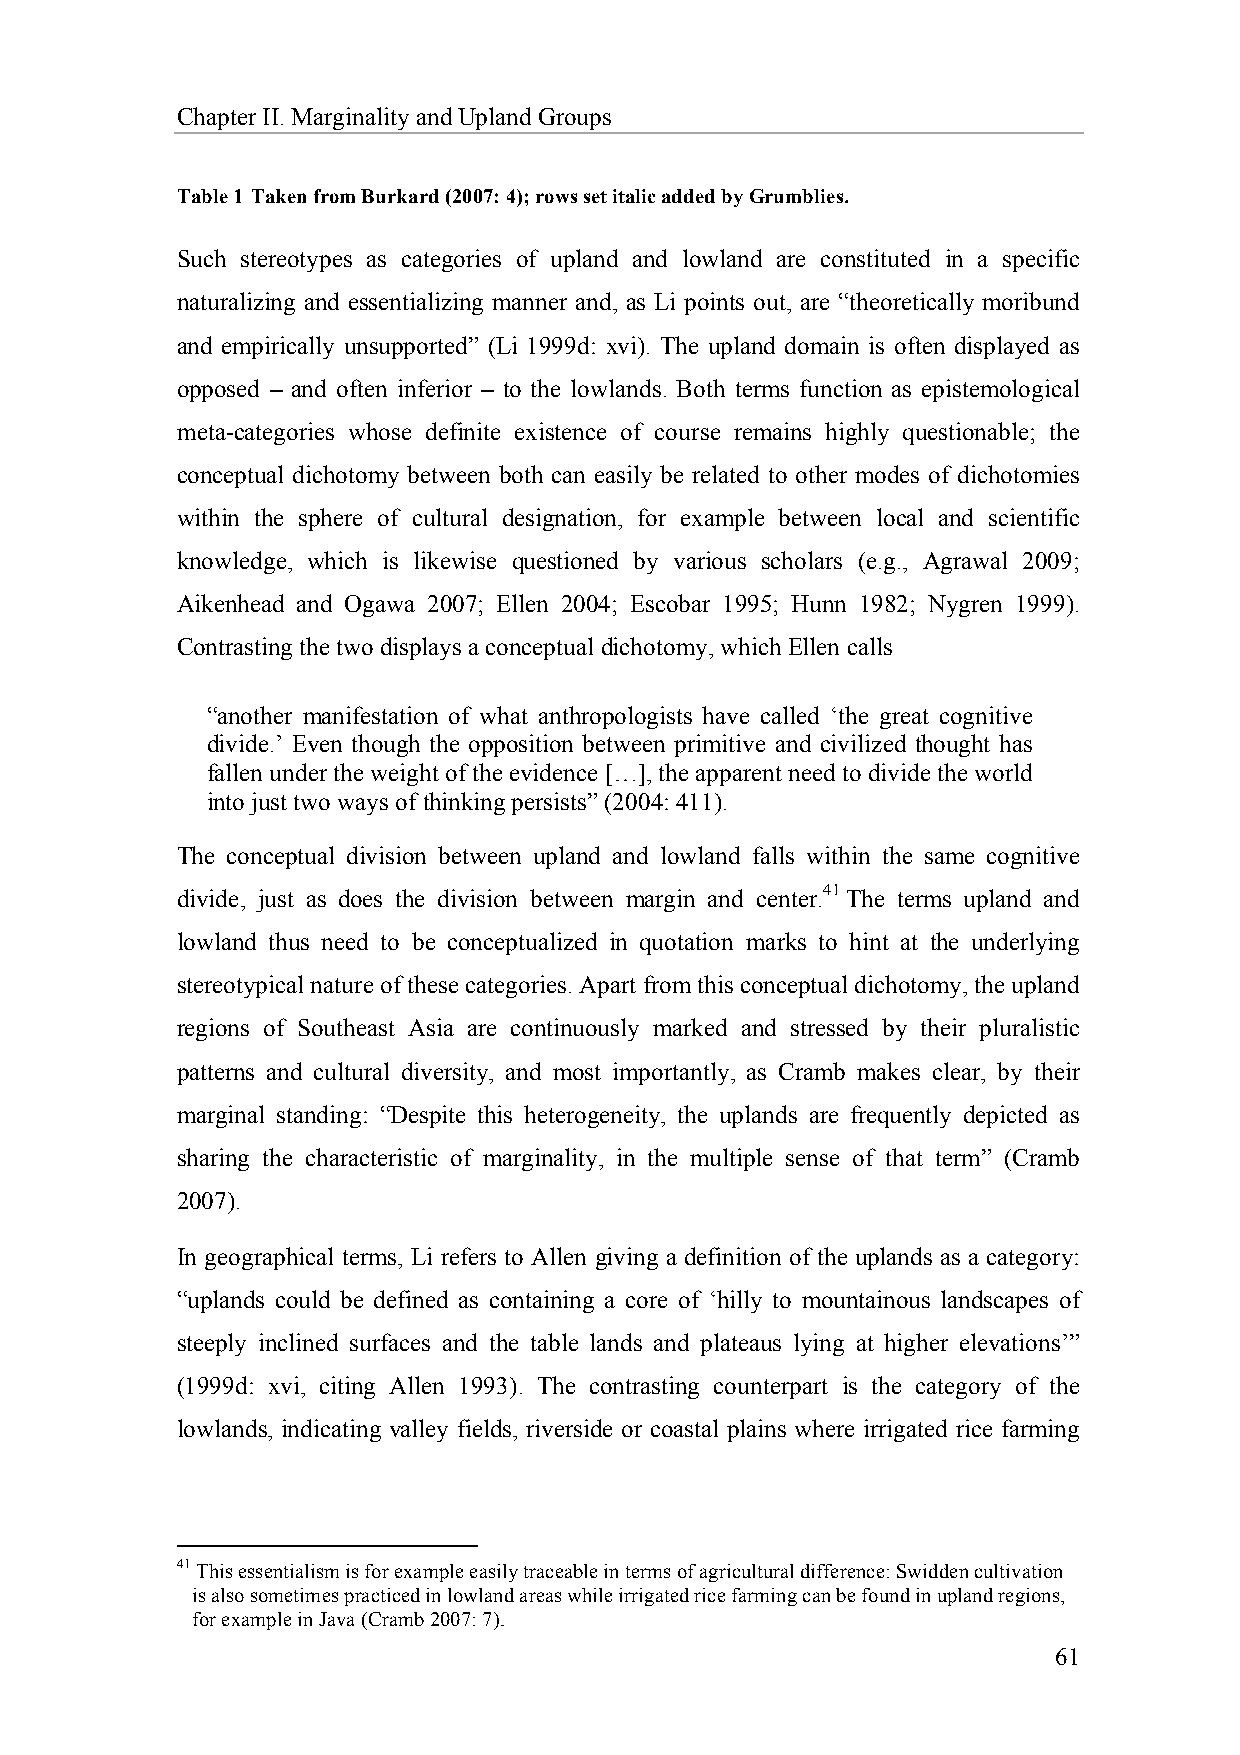
Chapter II. Marginality and Upland Groups
 Table 1 Taken from Burkard (2007: 4); rows set italic added by Grumblies.
 Such stereotypes as categories of upland and lowland are constituted in a specific
 naturalizing and essentializing manner and, as Li points out, are “theoretically moribund
 and empirically unsupported” (Li 1999d: xvi). The upland domain is often displayed as
 opposed – and often inferior – to the lowlands. Both terms function as epistemological
 meta-categories whose definite existence of course remains highly questionable; the
 conceptual dichotomy between both can easily be related to other modes of dichotomies
 within the sphere of cultural designation, for example between local and scientific
 knowledge, which is likewise questioned by various scholars (e.g., Agrawal 2009;
 Aikenhead and Ogawa 2007; Ellen 2004; Escobar 1995; Hunn 1982; Nygren 1999).
 Contrasting the two displays a conceptual dichotomy, which Ellen calls
 “another manifestation of what anthropologists have called ‘the great cognitive
 divide.’ Even though the opposition between primitive and civilized thought has
 fallen under the weight of the evidence […], the apparent need to divide the world
 into just two ways of thinking persists” (2004: 411).
 The conceptual division between upland and lowland falls within the same cognitive
 divide, just as does the division between margin and center.41 The terms upland and
 lowland thus need to be conceptualized in quotation marks to hint at the underlying
 stereotypical nature of these categories. Apart from this conceptual dichotomy, the upland
 regions of Southeast Asia are continuously marked and stressed by their pluralistic
 patterns and cultural diversity, and most importantly, as Cramb makes clear, by their
 marginal standing: “Despite this heterogeneity, the uplands are frequently depicted as
 sharing the characteristic of marginality, in the multiple sense of that term” (Cramb
 2007).
 In geographical terms, Li refers to Allen giving a definition of the uplands as a category:
 “uplands could be defined as containing a core of ‘hilly to mountainous landscapes of
 steeply inclined surfaces and the table lands and plateaus lying at higher elevations’”
 (1999d: xvi, citing Allen 1993). The contrasting counterpart is the category of the
 lowlands, indicating valley fields, riverside or coastal plains where irrigated rice farming
 41 This essentialism is for example easily traceable in terms of agricultural difference: Swidden cultivation
 is also sometimes practiced in lowland areas while irrigated rice farming can be found in upland regions,
 for example in Java (Cramb 2007: 7).
 61